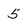
Character: 5